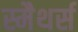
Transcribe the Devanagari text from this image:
स्मैथर्स